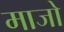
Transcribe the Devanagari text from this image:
माजो